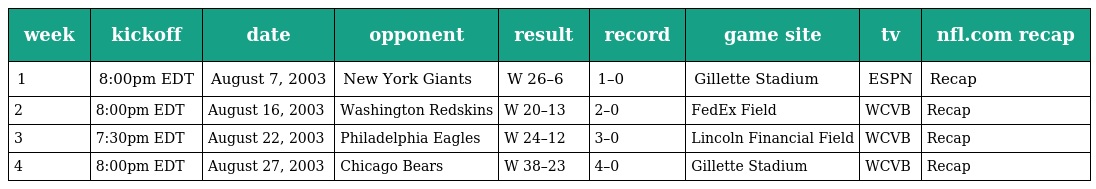
| week | kickoff | date | opponent | result | record | game site | tv | nfl.com recap |
 | --- | --- | --- | --- | --- | --- | --- | --- | --- |
 | 1 | 8:00pm EDT | August 7, 2003 | New York Giants | W 26–6 | 1–0 | Gillette Stadium | ESPN | Recap |
 | 2 | 8:00pm EDT | August 16, 2003 | Washington Redskins | W 20–13 | 2–0 | FedEx Field | WCVB | Recap |
 | 3 | 7:30pm EDT | August 22, 2003 | Philadelphia Eagles | W 24–12 | 3–0 | Lincoln Financial Field | WCVB | Recap |
 | 4 | 8:00pm EDT | August 27, 2003 | Chicago Bears | W 38–23 | 4–0 | Gillette Stadium | WCVB | Recap |